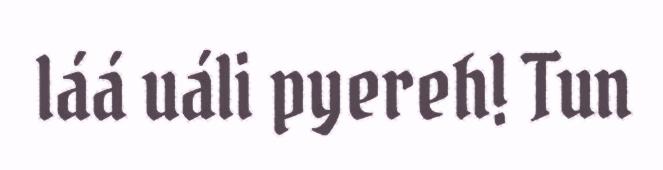
láá uáli pyereh! Tun